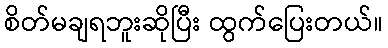
စိတ်မချရဘူးဆိုပြီး ထွက်ပြေးတယ်။